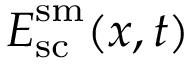
\boldsymbol { E } _ { \mathrm { s c } } ^ { \mathrm { s m } } ( \boldsymbol { x } , t )